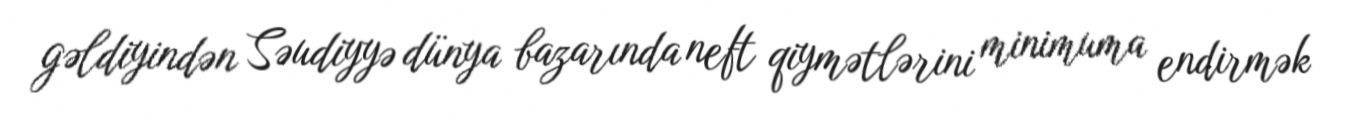
gəldiyindən Səudiyyə dünya bazarında neft qiymətlərini minimuma endirmək